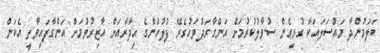
ބަލަމުންދާ މައްސަލައަކާ ގުޅިގެން ސުވާލުކުރުމަށް އަންގާރަދުވަހުގެރޭ ފުލުހުންގެ އިދާރާއަށް ހާޒިރުވުމަށް އަންގާފައިވާތީ އެކަން